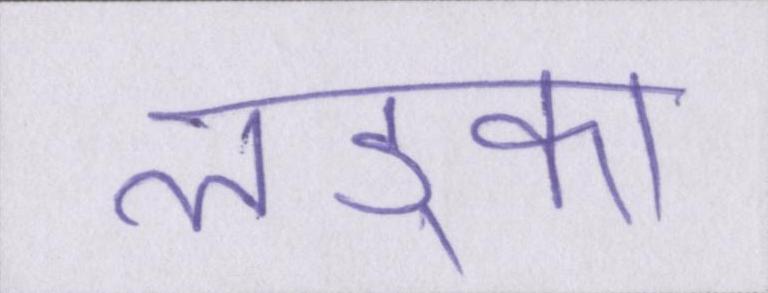
लड़्का